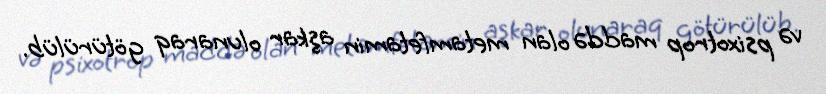
və psixotrop maddə olan metamfetamin aşkar olunaraq götürülüb.